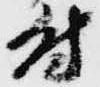
付